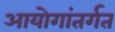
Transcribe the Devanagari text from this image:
आयोगांतर्गत